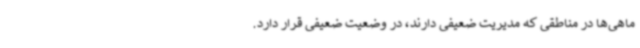
ماهی‌ها در مناطقی که مدیریت ضعیفی دارند، در وضعیت ضعیفی قرار دارد.